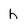
Character: h